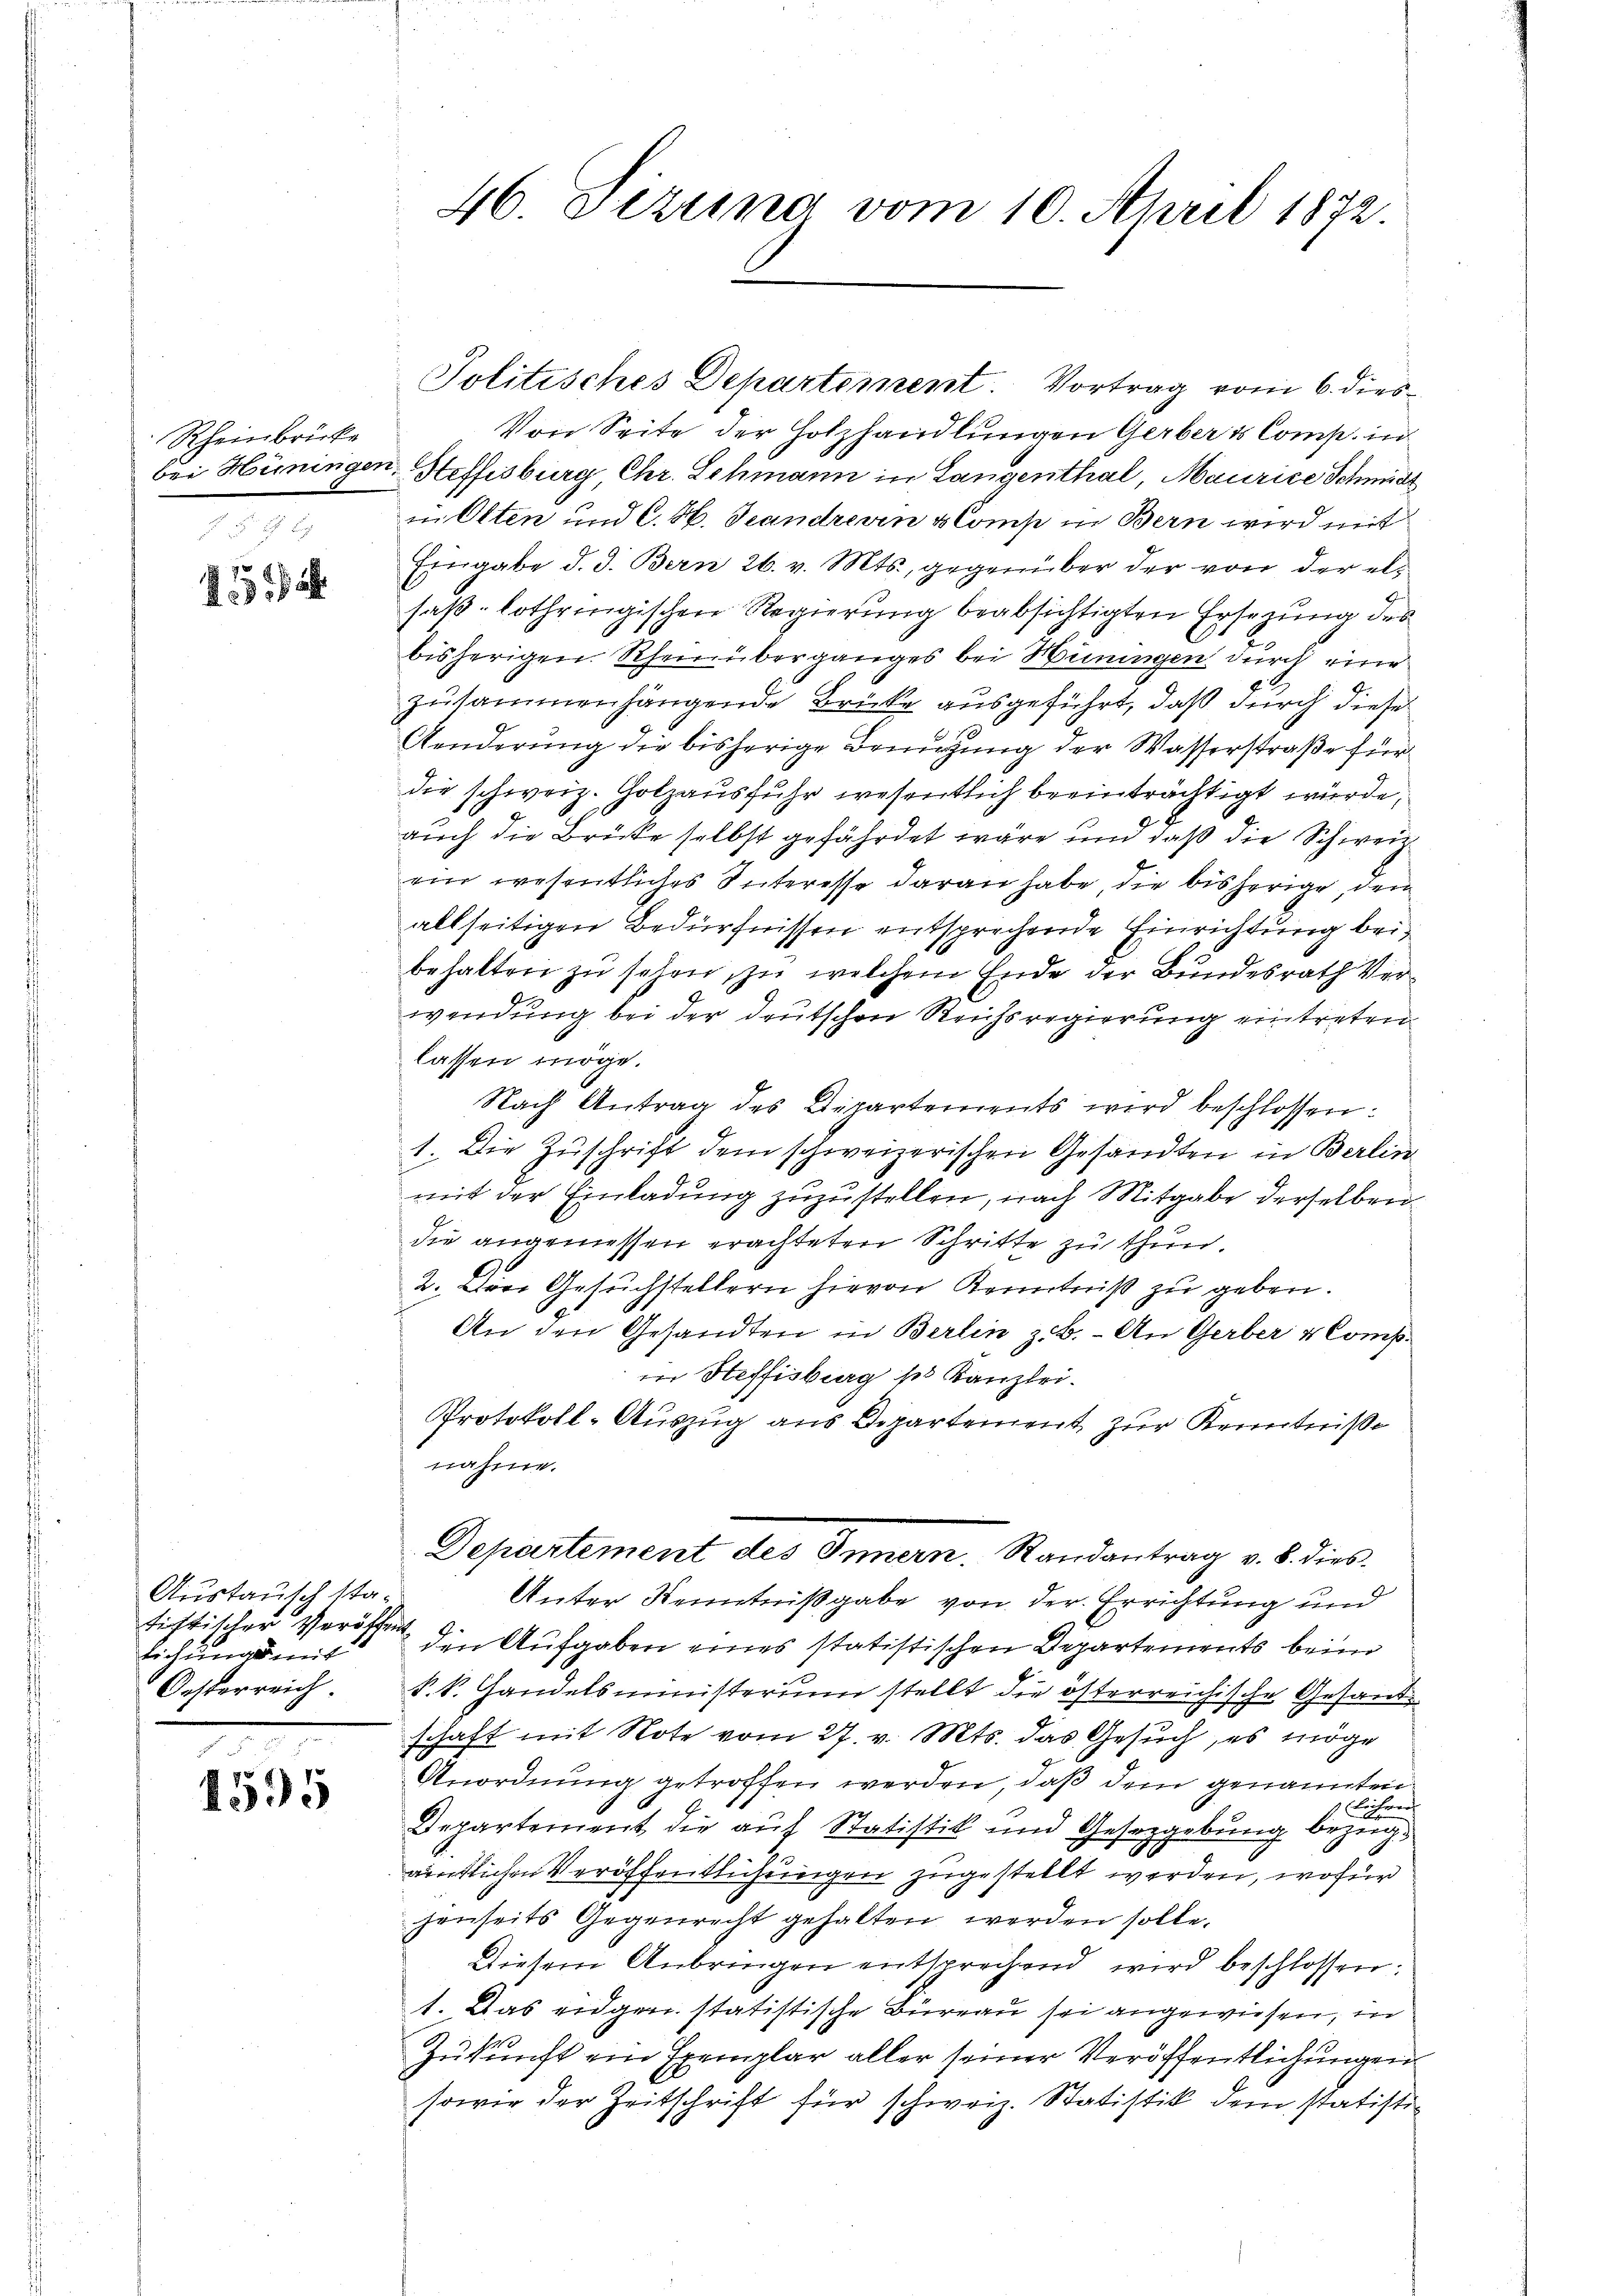
Rheinbrücke
bei Hüningen.

7
13 a

4595

Austausch statichtischer Veröffen
Eichungs mit
Oesterreich.

46 Dezung vom 10. April 1872.

Politisches Departement. Vortrag vom 6. dies¬

Von Seite der Holzhandlungen Gerber & Comp. in
Steffisburg Chr. Schmann in Langenthal, Maurice Schmidt
in Otten und C. H. Scandren Comp in Bern wird mit
Eingabe d. d. Bern 26. v. Mts., gegenüber der von der elsaß-Lothringischen Regierung beabsichtigten Ersezung des
C
bisherigen Rheinüberganges bei Hüningen durch eine
zusammenhängende Brücke ausgeführt, daß durch diese
Aenderung die bisherige Benuzung der Wasserstraße für
die schweiz. Golzausfuhr wesentlich beeinträchtigt wurde,
auch die Brüke selbst gefährdet wäre und daß die Schweiz
ein wesentliches Interesse daran habe, die bisherige, den
allseitigen Bedürfnissen entsprechende Einrichtung beibehalten zu seien, zu welchem Ende der Bundesrath Verwendung bei der deutschen Reichsregierung eintreten
lassen möge.
Nach Antrag des Departements wird beschlossen:
1. Die Zuschrift dem schweizerischen Gesandten in Berlin
mit der Einladung zuzustellen, nach Mitgabe derselben
die angemessen erachteten Schritte zu thun.
2. Der Gesuchstellern hievon Kenntniß zu geben.
An den Gesandten in Berlin z.B. - An Gerber & Comp.
in Heffisburg ss Kanzlei.
Protokoll-Auszug aus Departement zur Kenntniße
nahme.
Departement des Innern, Randantrag v. 8. dies¬
Unter Kenntnißgabe von der Errichtung und
den Aufgaben eines statistischen Departements beim
k. k. Handelsministerium stellt die österreichische Gesandschaft mit Note vom 27. v. Mts. das Gesuch, es möge
Anordnung getroffen werden, daß dem genannten
 Lechnen
Departement die auf Statistik und Gesetzgebung bezugäntlichen Veröffentlichungen zugestellt werden, wofür
jenseits Gegenrecht gehalten werden solle.
Diesem Anbringen entsprechend wird beschlossen:
1. Das eidgen statistische Büreau sei angewiesen, in
Zukunft ein Exemplar aller seiner Veröffentlichungen
sowie der Zeitschrift für schweiz. Statistik dem statisti¬